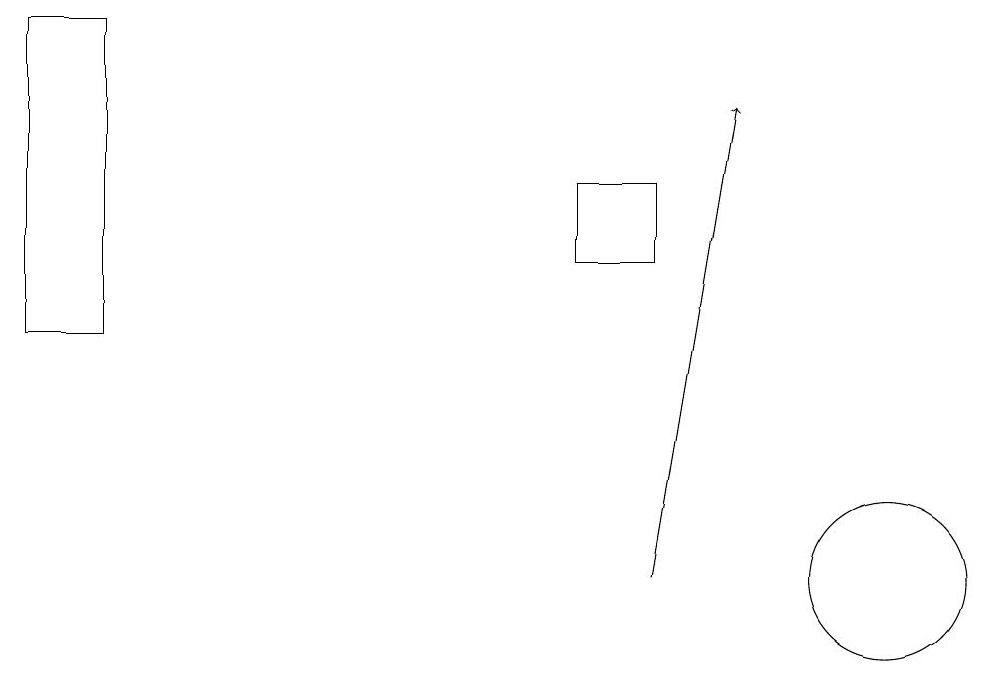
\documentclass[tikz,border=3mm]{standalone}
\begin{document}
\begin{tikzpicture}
\draw (11,12) circle (1);
\draw[->] (8,12) -- (9,18);
\draw (8,16) rectangle (7,17);
\draw (0,15) rectangle (1,19);
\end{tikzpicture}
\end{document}